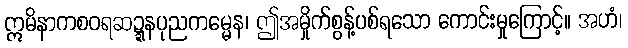
ဣမိနာကစဝရဆဍ္ဍနပုညကမ္မေန၊ ဤအမှိုက်စွန့်ပစ်ရသော ကောင်းမှုကြောင့်။ အဟံ၊